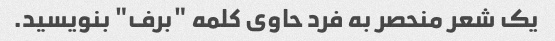
یک شعر منحصر به فرد حاوی کلمه "برف" بنویسید.